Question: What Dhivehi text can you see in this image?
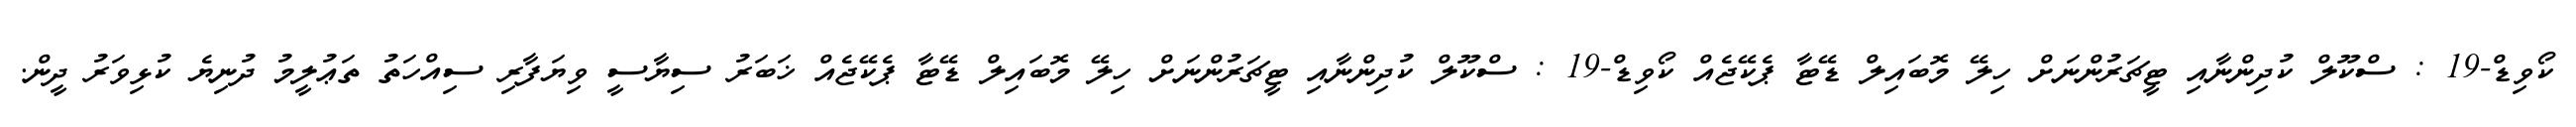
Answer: ކޯވިޑް-19 : ސްކޫލް ކުދިންނާއި ޓީޗަރުންނަށް ހިލޭ މޮބައިލް ޑޭޓާ ޕެކޭޖެއް ކޯވިޑް-19 : ސްކޫލް ކުދިންނާއި ޓީޗަރުންނަށް ހިލޭ މޮބައިލް ޑޭޓާ ޕެކޭޖެއް ޚަބަރު ސިޔާސީ ވިޔަފާރި ސިއްހަތު ތަޢުލީމު ދުނިޔެ ކުޅިވަރު ދީން.